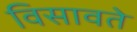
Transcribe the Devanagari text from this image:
विसावते